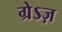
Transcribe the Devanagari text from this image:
ग्रेऽज़